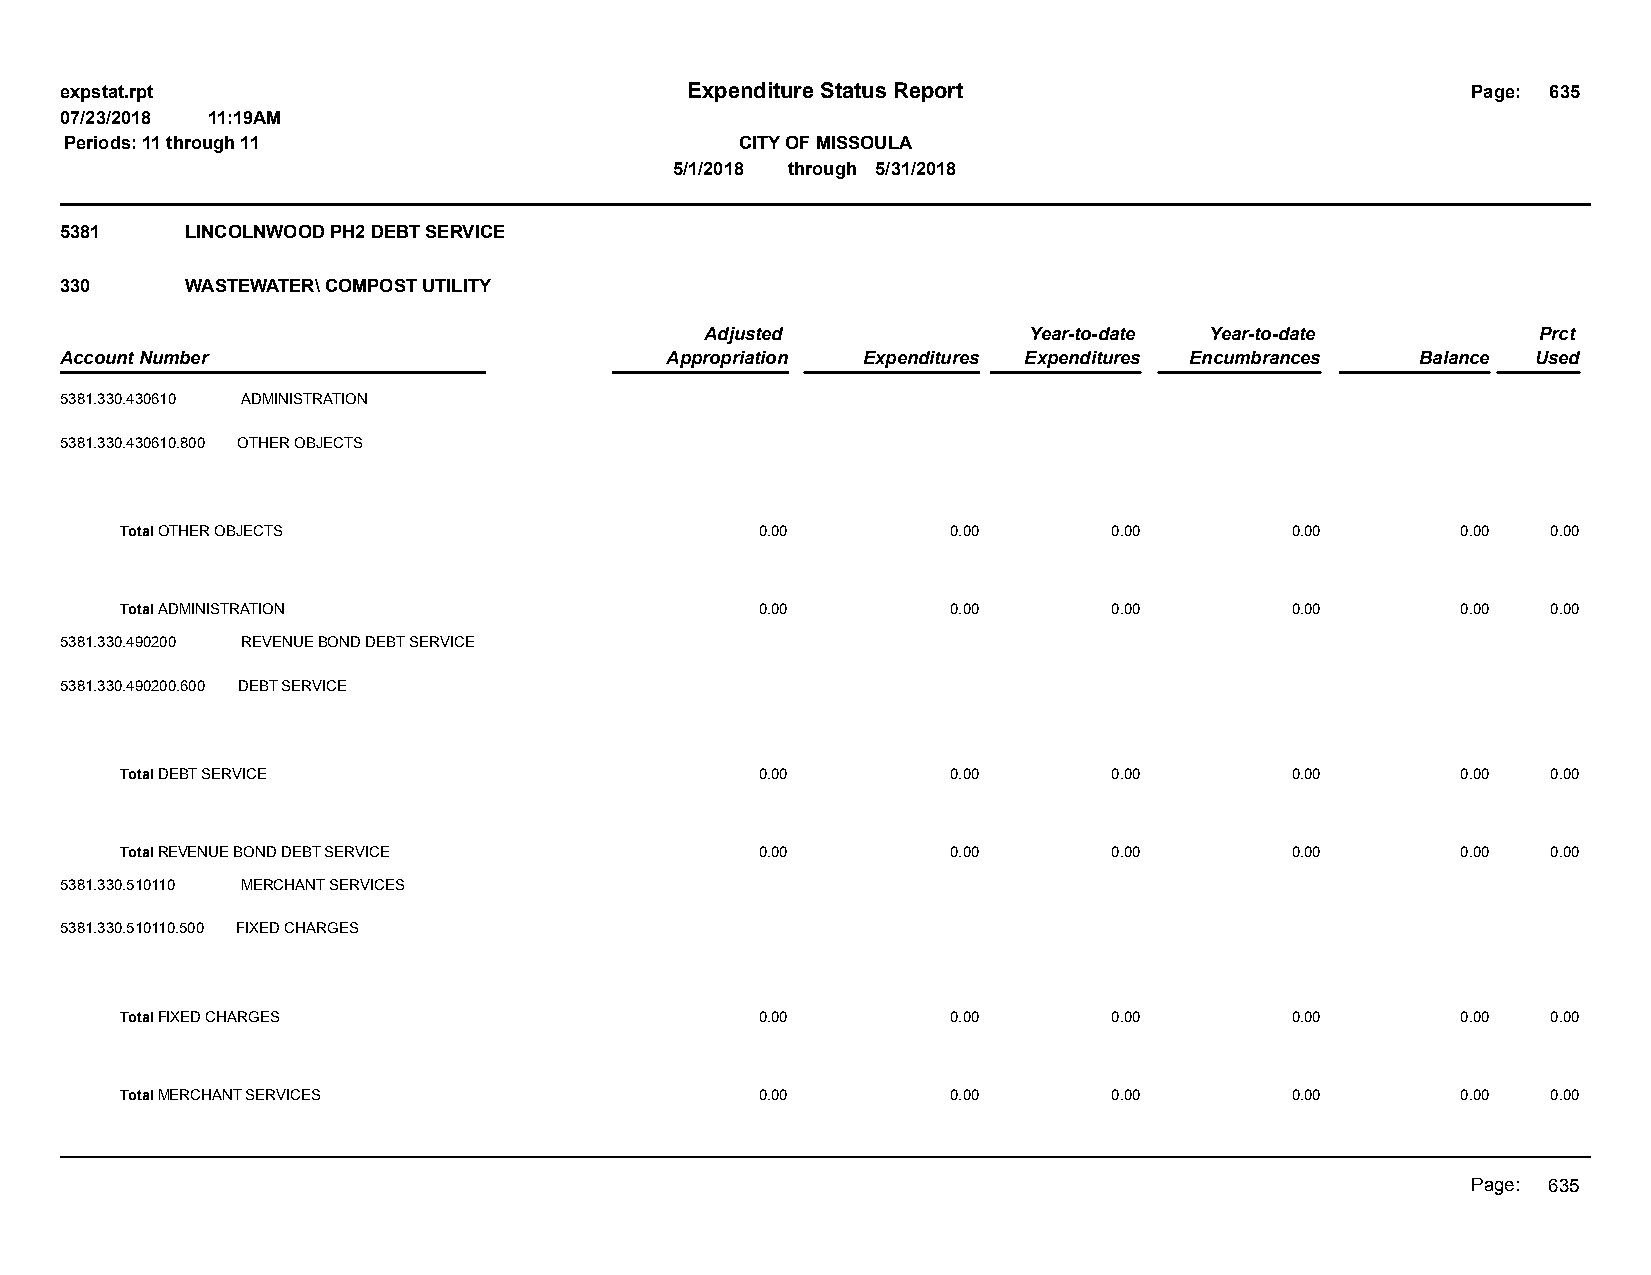
expstat.rpt                              Expenditure Status Report                           Page: 635
 07/23/2018 11:19AM
 Periods: 11 through 11                       CITY OF MISSOULA
 5/1/2018 through 5/31/2018
 5381    LINCOLNWOOD PH2 DEBT SERVICE
 330     WASTEWATER\ COMPOST UTILITY
 Adjusted             Year-to-date Year-to-date         Prct
 Account Number                          Appropriation Expenditures Expenditures Encumbrances Balance Used
 5381.330.430610 ADMINISTRATION
 5381.330.430610.800 OTHER OBJECTS
 Total OTHER OBJECTS                       0.00         0.00       0.00       0.00        0.00  0.00
 Total ADMINISTRATION                      0.00         0.00       0.00       0.00        0.00  0.00
 5381.330.490200 REVENUE BOND DEBT SERVICE
 5381.330.490200.600 DEBT SERVICE
 Total DEBT SERVICE                        0.00         0.00       0.00       0.00        0.00  0.00
 Total REVENUE BOND DEBT SERVICE           0.00         0.00       0.00       0.00        0.00  0.00
 5381.330.510110 MERCHANT SERVICES
 5381.330.510110.500 FIXED CHARGES
 Total FIXED CHARGES                       0.00         0.00       0.00       0.00        0.00  0.00
 Total MERCHANT SERVICES                   0.00         0.00       0.00       0.00        0.00  0.00
 Page: 635